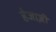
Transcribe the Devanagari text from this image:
हेजाज़ी